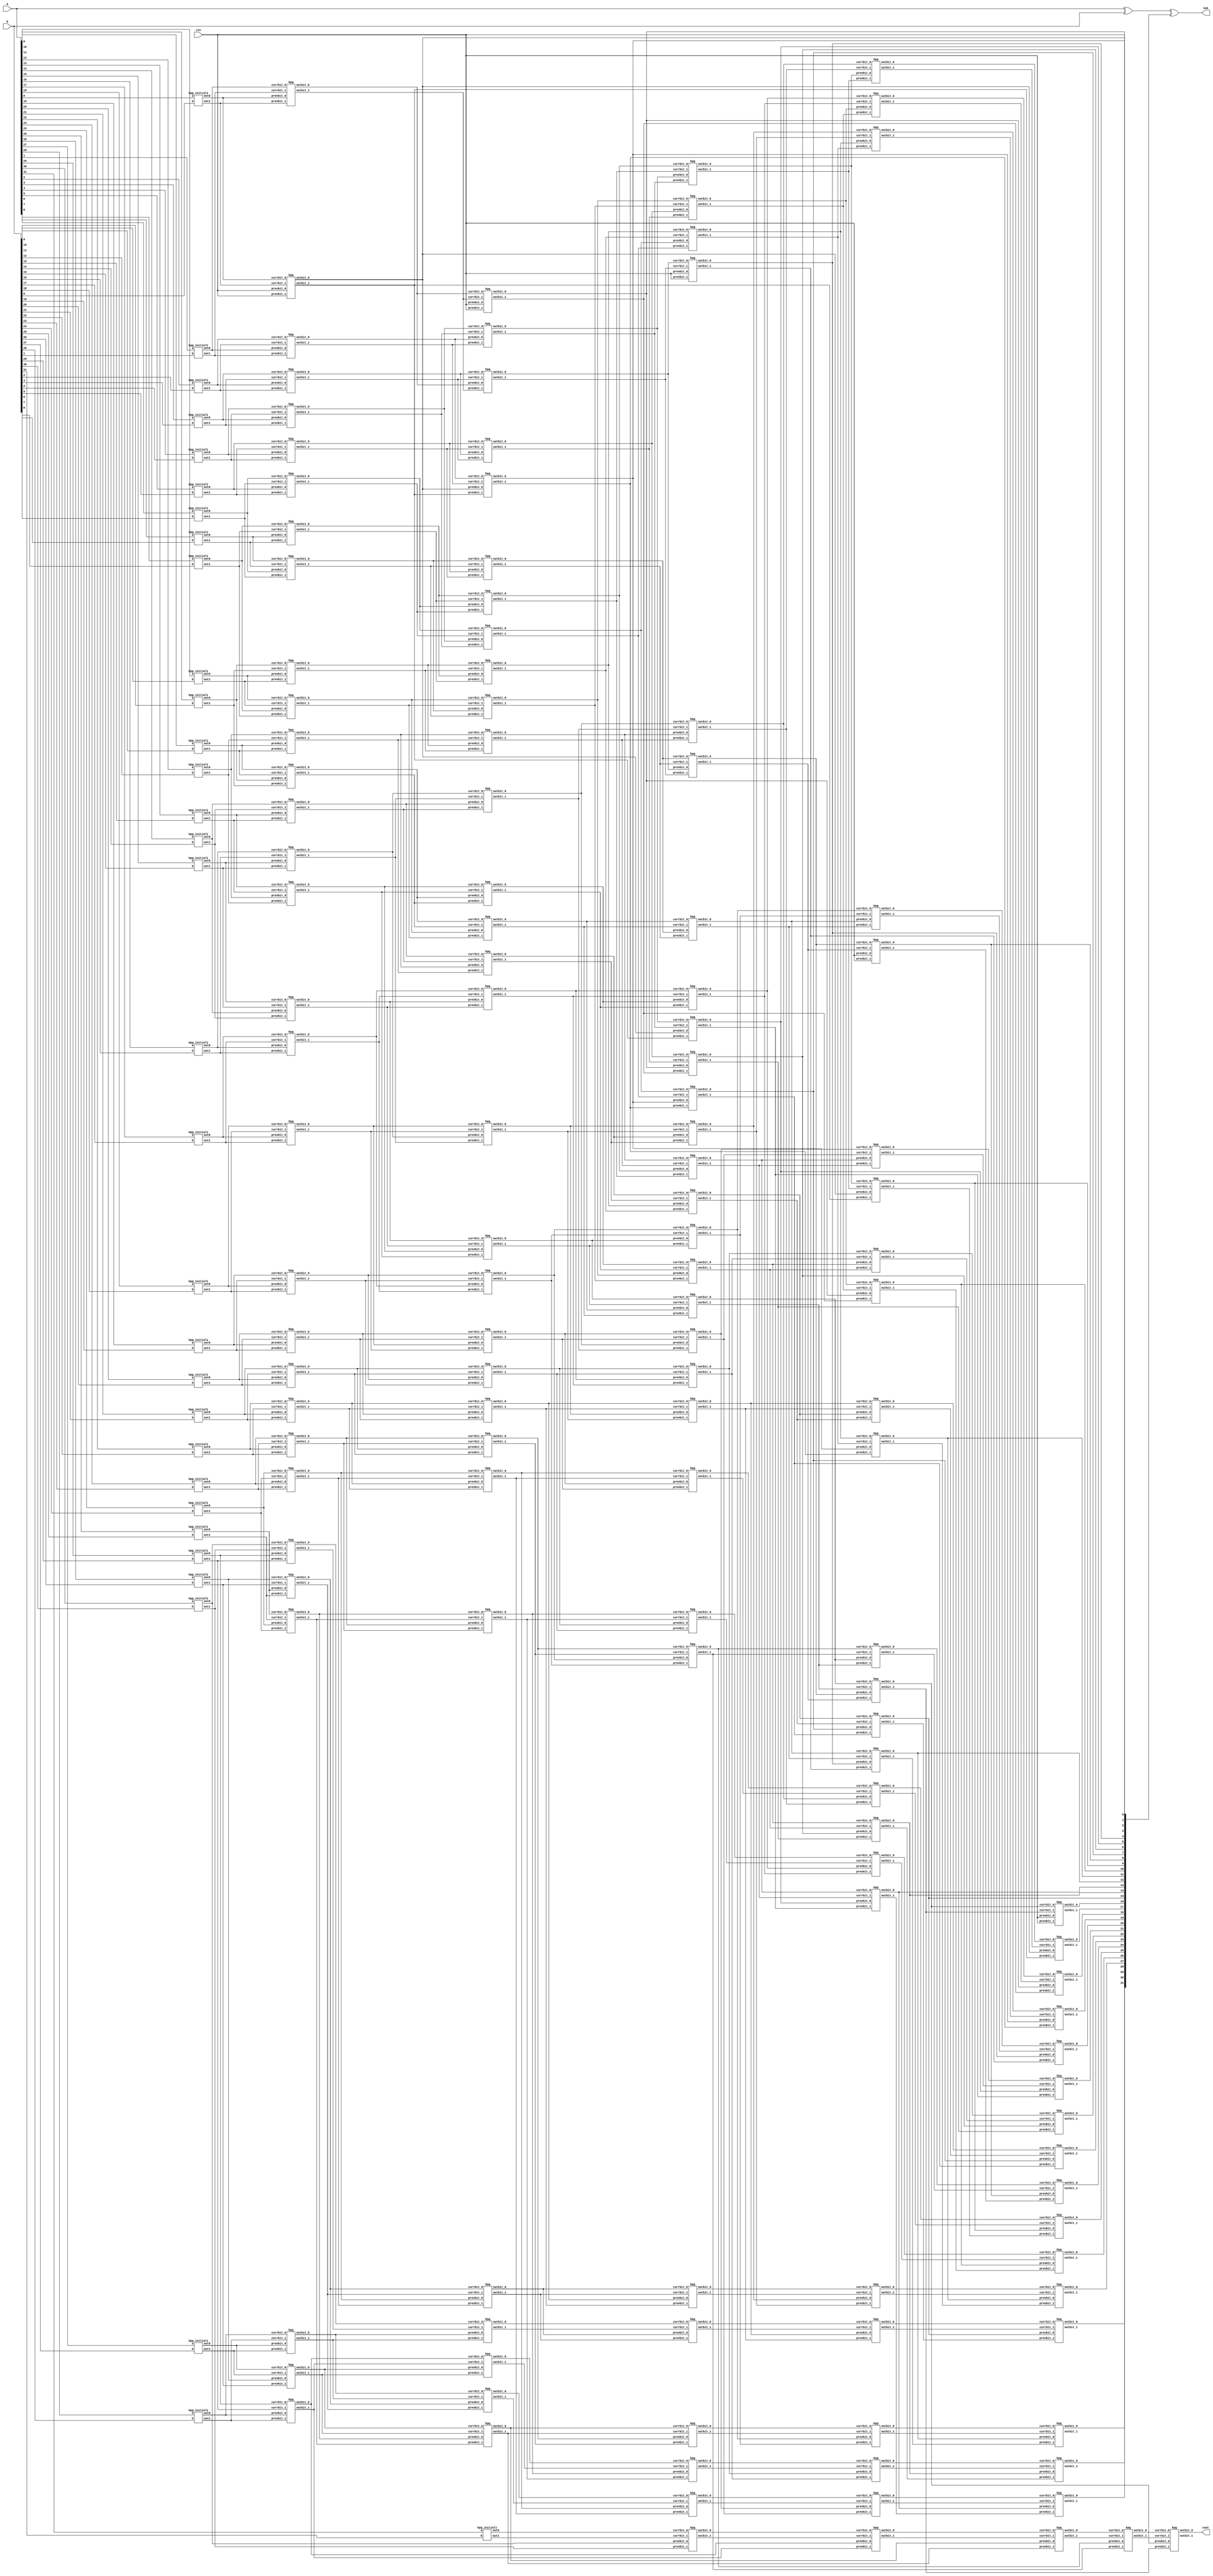
module cla32bit(a ,b, cin, sum, cout);
input [31:0] a, b;
input cin;
output reg [31:0] sum;
output reg cout;

wire [32:0] ca_0,ca_1;// carry0 and carry1

wire [32:0] ca0_1, ca1_1, ca0_2, ca1_2, ca0_4, ca1_4, ca0_8, ca1_8, ca0_16, ca1_16;

integer i,j;

assign ca_0[0] = cin;
assign ca_1[0] = cin;

always@(*)
begin
	sum = a ^ b;//xor_sum
	sum = sum[31:0] ^ ca0_16[31:0];
	cout = ca0_16[32];
end

kpg_initial1 init [32:1] ( a[31:0],b[31:0], ca_1[32:1], ca_0[32:1]);


assign ca1_1[0] = cin;
assign ca0_1[0] = cin;
assign ca1_2[1:0] = ca1_1[1:0];
assign ca0_2[1:0] = ca0_1[1:0];
assign ca1_4[3:0] = ca1_2[3:0];
assign ca0_4[3:0] = ca0_2[3:0];
assign ca1_8[7:0] = ca1_4[7:0];
assign ca0_8[7:0] = ca0_4[7:0];
assign ca1_16[15:0] = ca1_8[15:0];
assign ca0_16[15:0] = ca0_8[15:0];

kpg step_1 [32:1] (ca_1[32:1], ca_0[32:1], ca_1[31:0], ca_0[31:0],ca1_1[32:1],ca0_1[32:1]);
kpg step_2 [32:2] (ca1_1[32:2], ca0_1[32:2], ca1_1[30:0], ca0_1[30:0] , ca1_2[32:2], ca0_2[32:2]);
kpg step_4 [32:4] (ca1_2[32:4], ca0_2[32:4], ca1_2[28:0], ca0_2[28:0] , ca1_4[32:4], ca0_4[32:4]);
kpg step_8 [32:8] (ca1_4[32:8], ca0_4[32:8], ca1_4[24:0], ca0_4[24:0], ca1_8[32:8], ca0_8[32:8]);
kpg step_16 [32:16] (ca1_8[32:16], ca0_8[32:16] , ca1_8[16:0], ca0_8[16:0], ca1_16[32:16], ca0_16[32:16]);

endmodule


module kpg_initial1(input a,b, output reg out1,out0);
always@(*)
	case({a,b})
		2'b00: begin
			out0 = 1'b0; out1 = 1'b0;
		end
		2'b11: begin
			out0 = 1'b1; out1 = 1'b1;
		end
		default: begin
			out0 = 1'b0 ; out1 = 1'b1;
		end
	endcase
	endmodule

	module kpg (input currbit_1, currbit_0, prevbit_1, prevbit_0, output reg outbit_1,outbit_0);
	always@(*)
	begin
		if({currbit_1, currbit_0} == 2'b00)
			{outbit_1,outbit_0} = 2'b00;
		if({currbit_1, currbit_0} == 2'b11)
			{outbit_1, outbit_0} = 2'b11;
		if({currbit_1, currbit_0}== 2'b10)
			{outbit_1,outbit_0} = {prevbit_1, prevbit_0};
	end
	endmodule